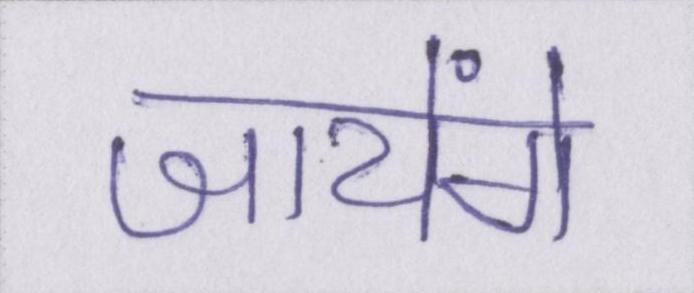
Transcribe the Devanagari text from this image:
जायेंगे